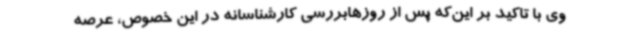
وی با تاکید بر این‌که پس از روزهابررسی کارشناسانه در این خصوص، عرصه